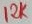
Text: 12K